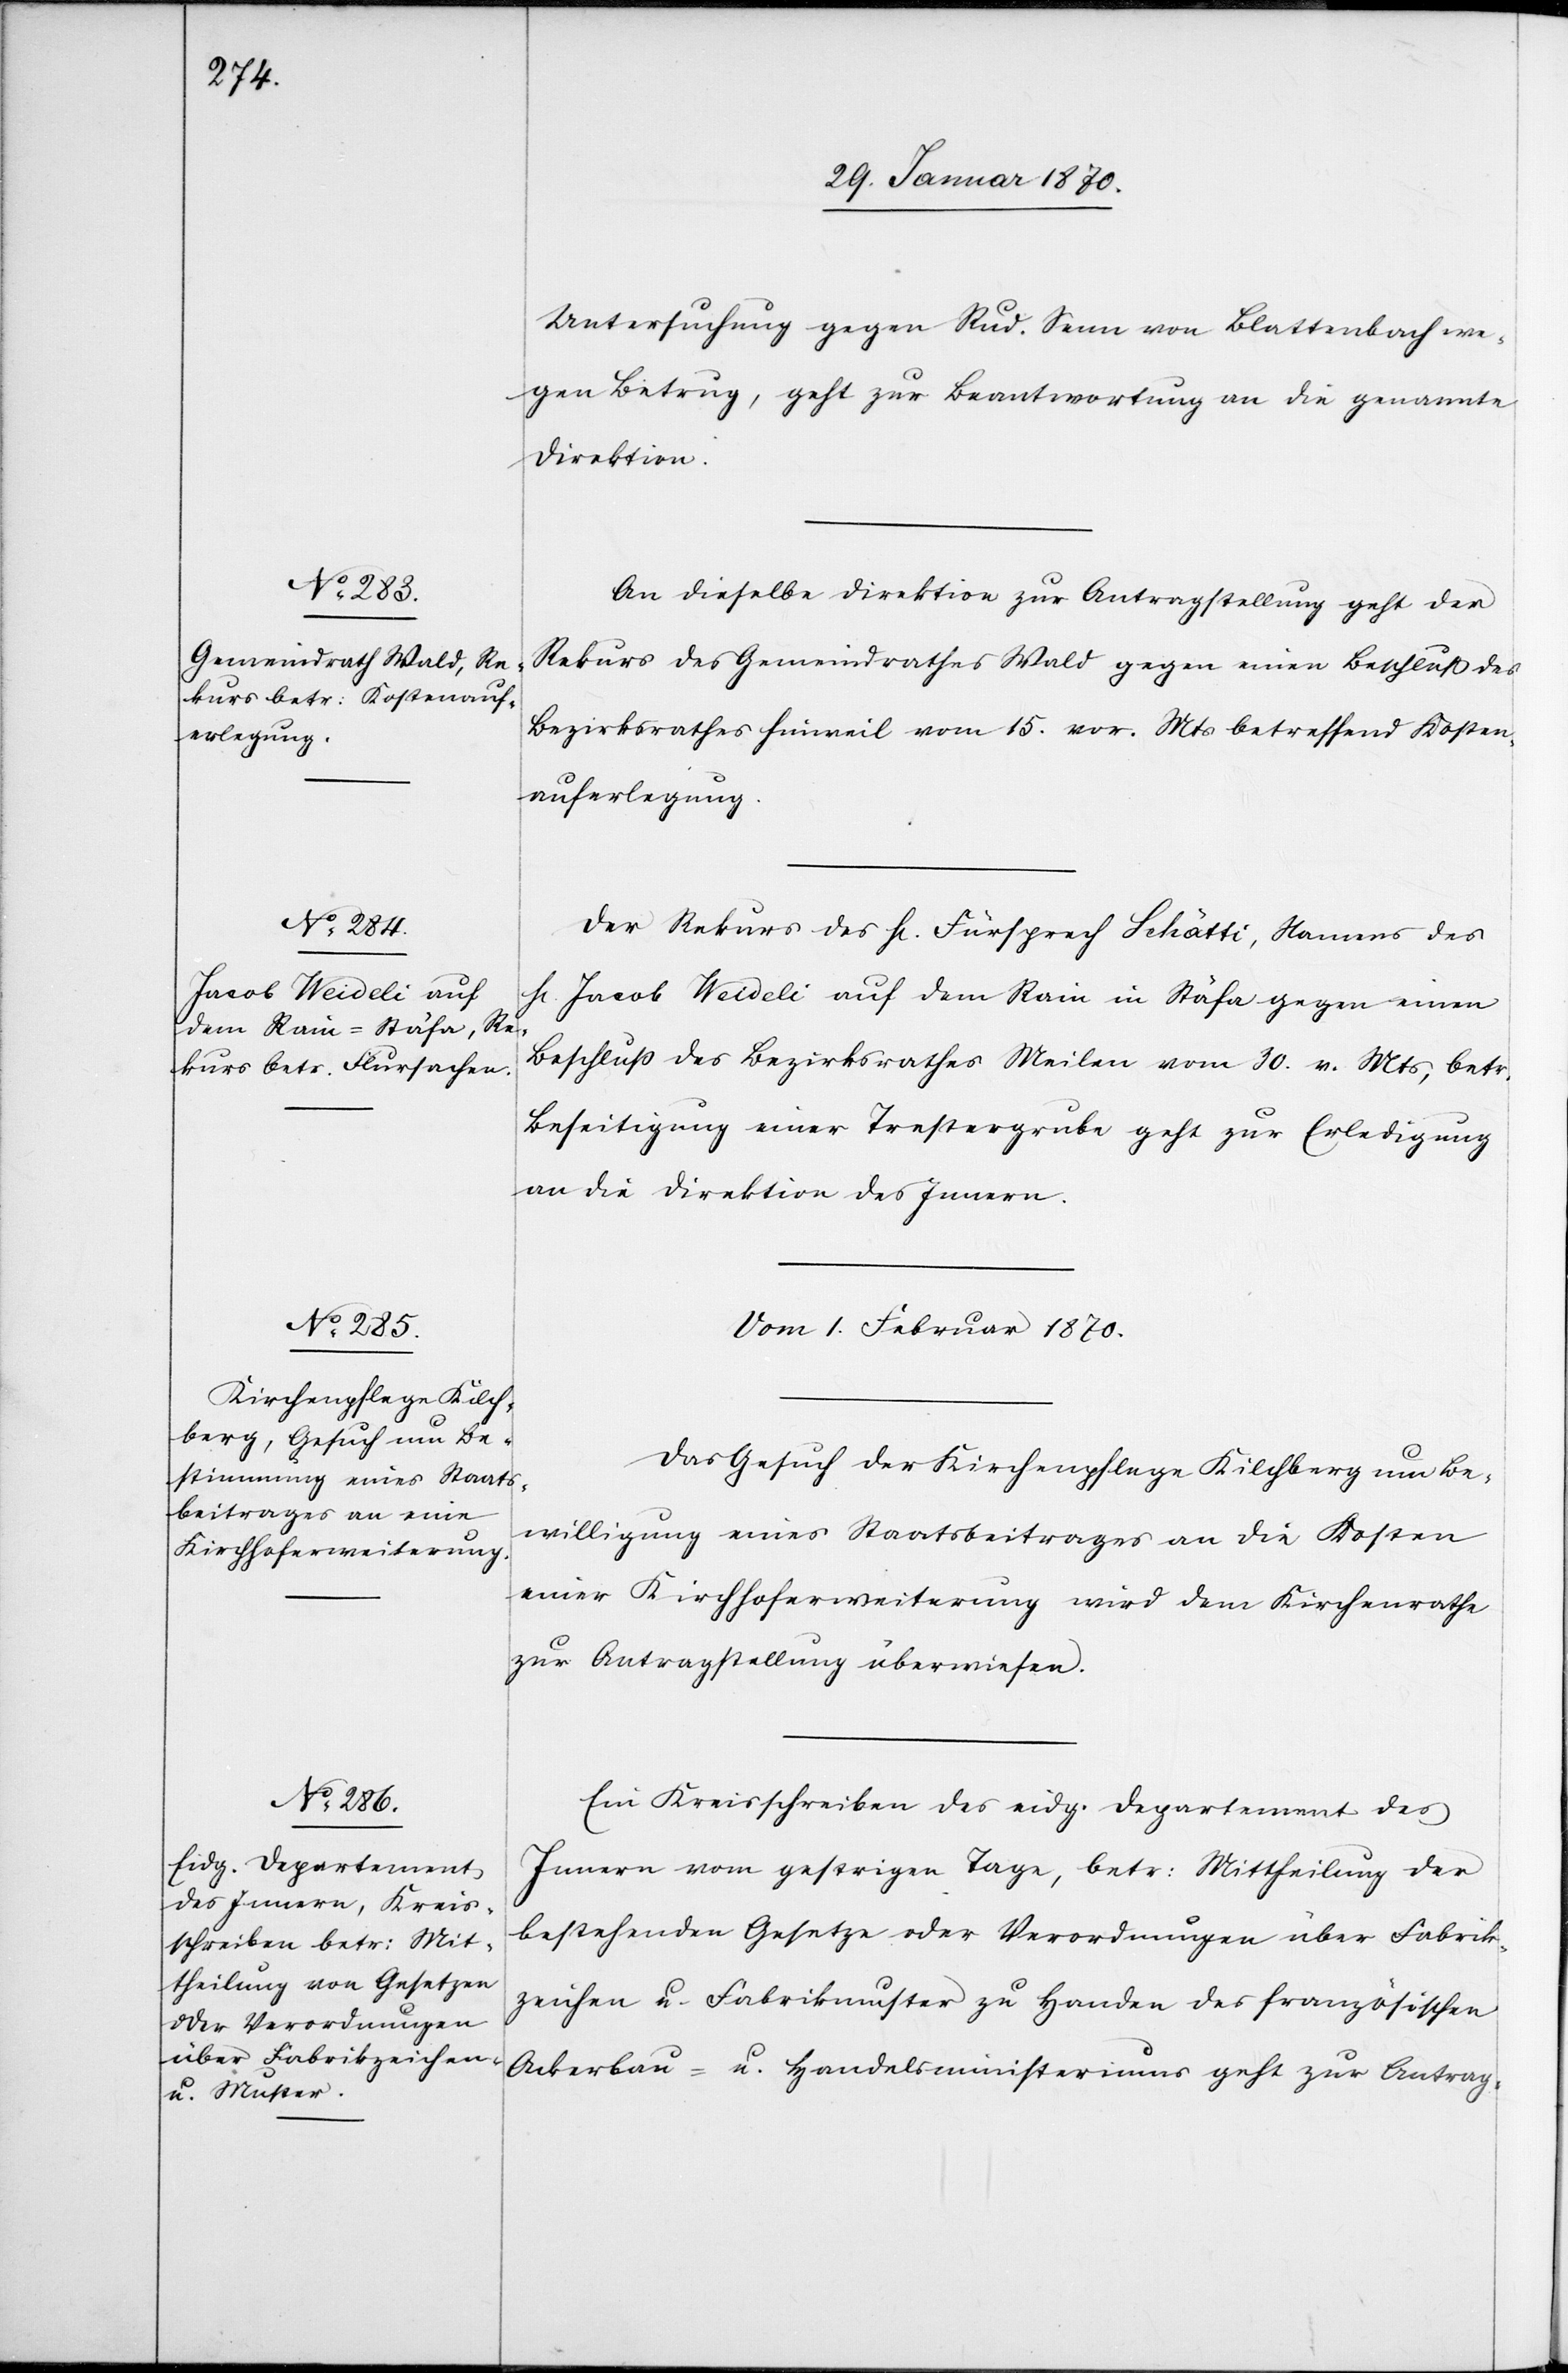
Untersuchung gegen Rud. Senn von Blattenbach we¬
gen Betrug, geht zur Beantwortung an die genannte
Direktion.
An dieselbe Direktion zur Antragstellung geht der
Rekurs des Gemeindrathes Wald gegen einen Beschluss des
Bezirksrathes Hinweil vom 15. vor. Mts betreffend Kosten¬
auferlegung.
Der Rekurs des H[errn] Fürsprech Schätti, Namens des
H[errn] Jacob Weideli auf dem Rain in Stäfa gegen einen
Beschluss des Bezirksrathes Meilen vom 30. v. Mts, betr.
Beseitigung einer Trestergrube geht zur Erledigung
an die Direktion des Innern.
Vom 1. Februar 1870.]
Das Gesuch der Kirchenpflege Kilchberg um Be¬
willigung eines Staatsbeitrages an die Kosten
einer Kirchhoferweiterung wird dem Kirchenrathe
zur Antragstellung überwiesen.
Ein Kreisschreiben des eidg. Departement des
Innern vom gestrigen Tage, betr: Mittheilung der
bestehenden Gesetze oder Verordnungen über Fabrik¬
zeichen u. Fabrikmuster zu Handen des französischen
Ackerbau- u. Handelsministeriums geht zur Antrag-